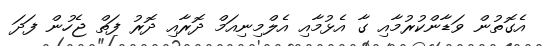
އެގޮތުން ވަޑާންކުރުމާއި ގާ އެޅުމާއި އެލްމިނިއަމް ދޮރާއި ދޮރު ފަތް ޖެހުން ފަދަ